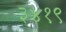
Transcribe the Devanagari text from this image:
३४१९